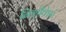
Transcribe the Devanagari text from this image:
निशीथेश्वरं